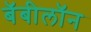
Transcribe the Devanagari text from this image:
बॅबीलॉन